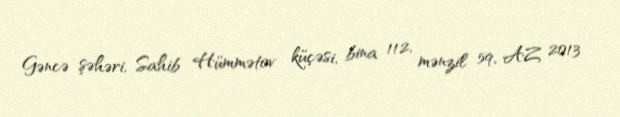
Gəncə şəhəri, Sahib Hümmətov küçəsi, bina 112, mənzil 59, AZ 2013